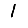
Digit: 1